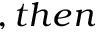
, t h e n